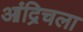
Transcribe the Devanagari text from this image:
आंद्रिचला